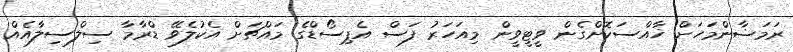
ރަމަޟާންމަހަށް ޚާއްސަކޮށްގެން ވީޓީވީން މިއަހަރު ފަސް އެޕިސޯޑްގެ މައްޗަށް އެކުލެވޭ ޑްރާމާ ސިލްސިލާއެއް